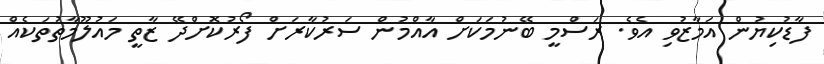
ފާޑުކިޔުން އަމާޒުވި އެވެ. ރަސްމީ ބޭނުމަކަށް އާއްމުން ސަރުކާރަށް ފޯރުކޮށްދޭ ޒާތީ މައުލޫމާތުތަކެއް